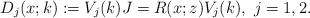
LaTeX: \begin{align*}D_j(x;k):=V_j(k)J =R(x;z)V_j(k), \ j=1,2.\end{align*}